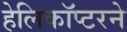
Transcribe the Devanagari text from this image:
हेलिकॉप्टरने